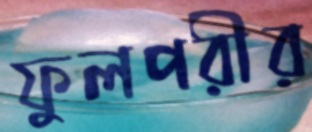
ফুলপরীর